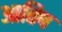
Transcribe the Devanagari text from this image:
आतिष